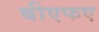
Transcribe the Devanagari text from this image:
बीएफए